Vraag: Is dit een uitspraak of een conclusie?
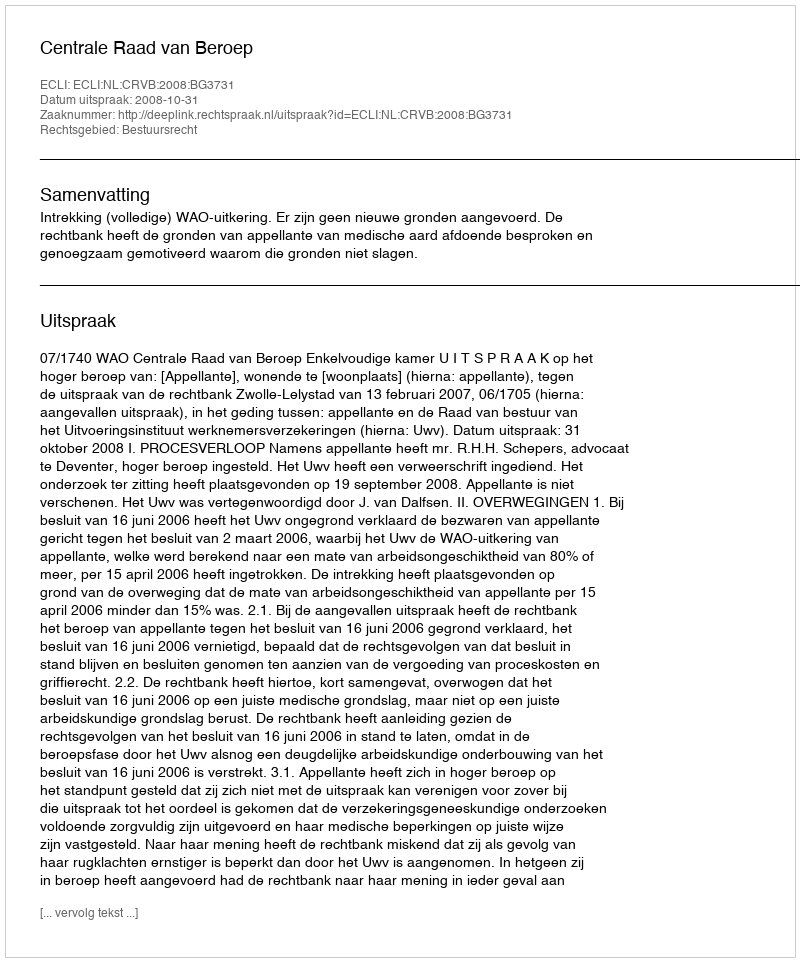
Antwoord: Uitspraak